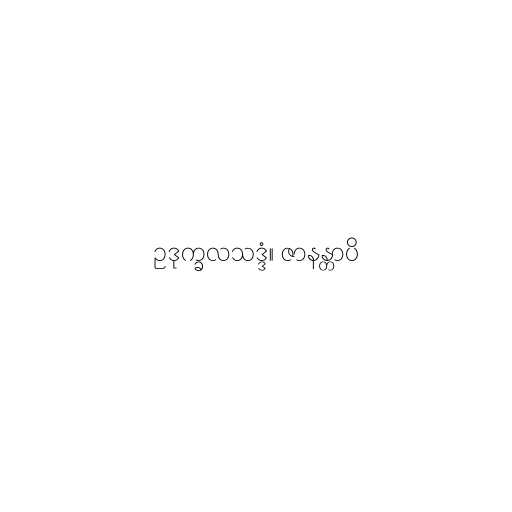
ဥဒုက္ခလသဒ္ဒံ။ ဇာနန္တာပိ